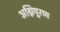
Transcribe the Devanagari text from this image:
अग्निपुरण